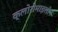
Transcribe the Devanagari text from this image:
क्लोरोमाइसीन